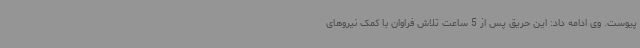
پیوست. وی ادامه داد: این حریق پس از 5 ساعت تلاش فراوان با کمک نیروهای